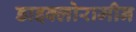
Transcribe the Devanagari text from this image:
डाइक्लोरामीन